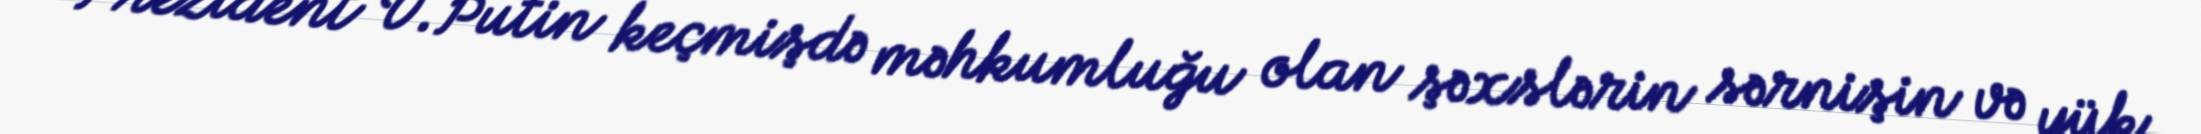
Prezident V.Putin keçmişdə məhkumluğu olan şəxslərin sərnişin və yük